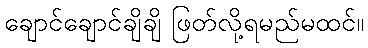
ချောင်ချောင်ချိချိ ဖြတ်လို့ရမည်မထင်။